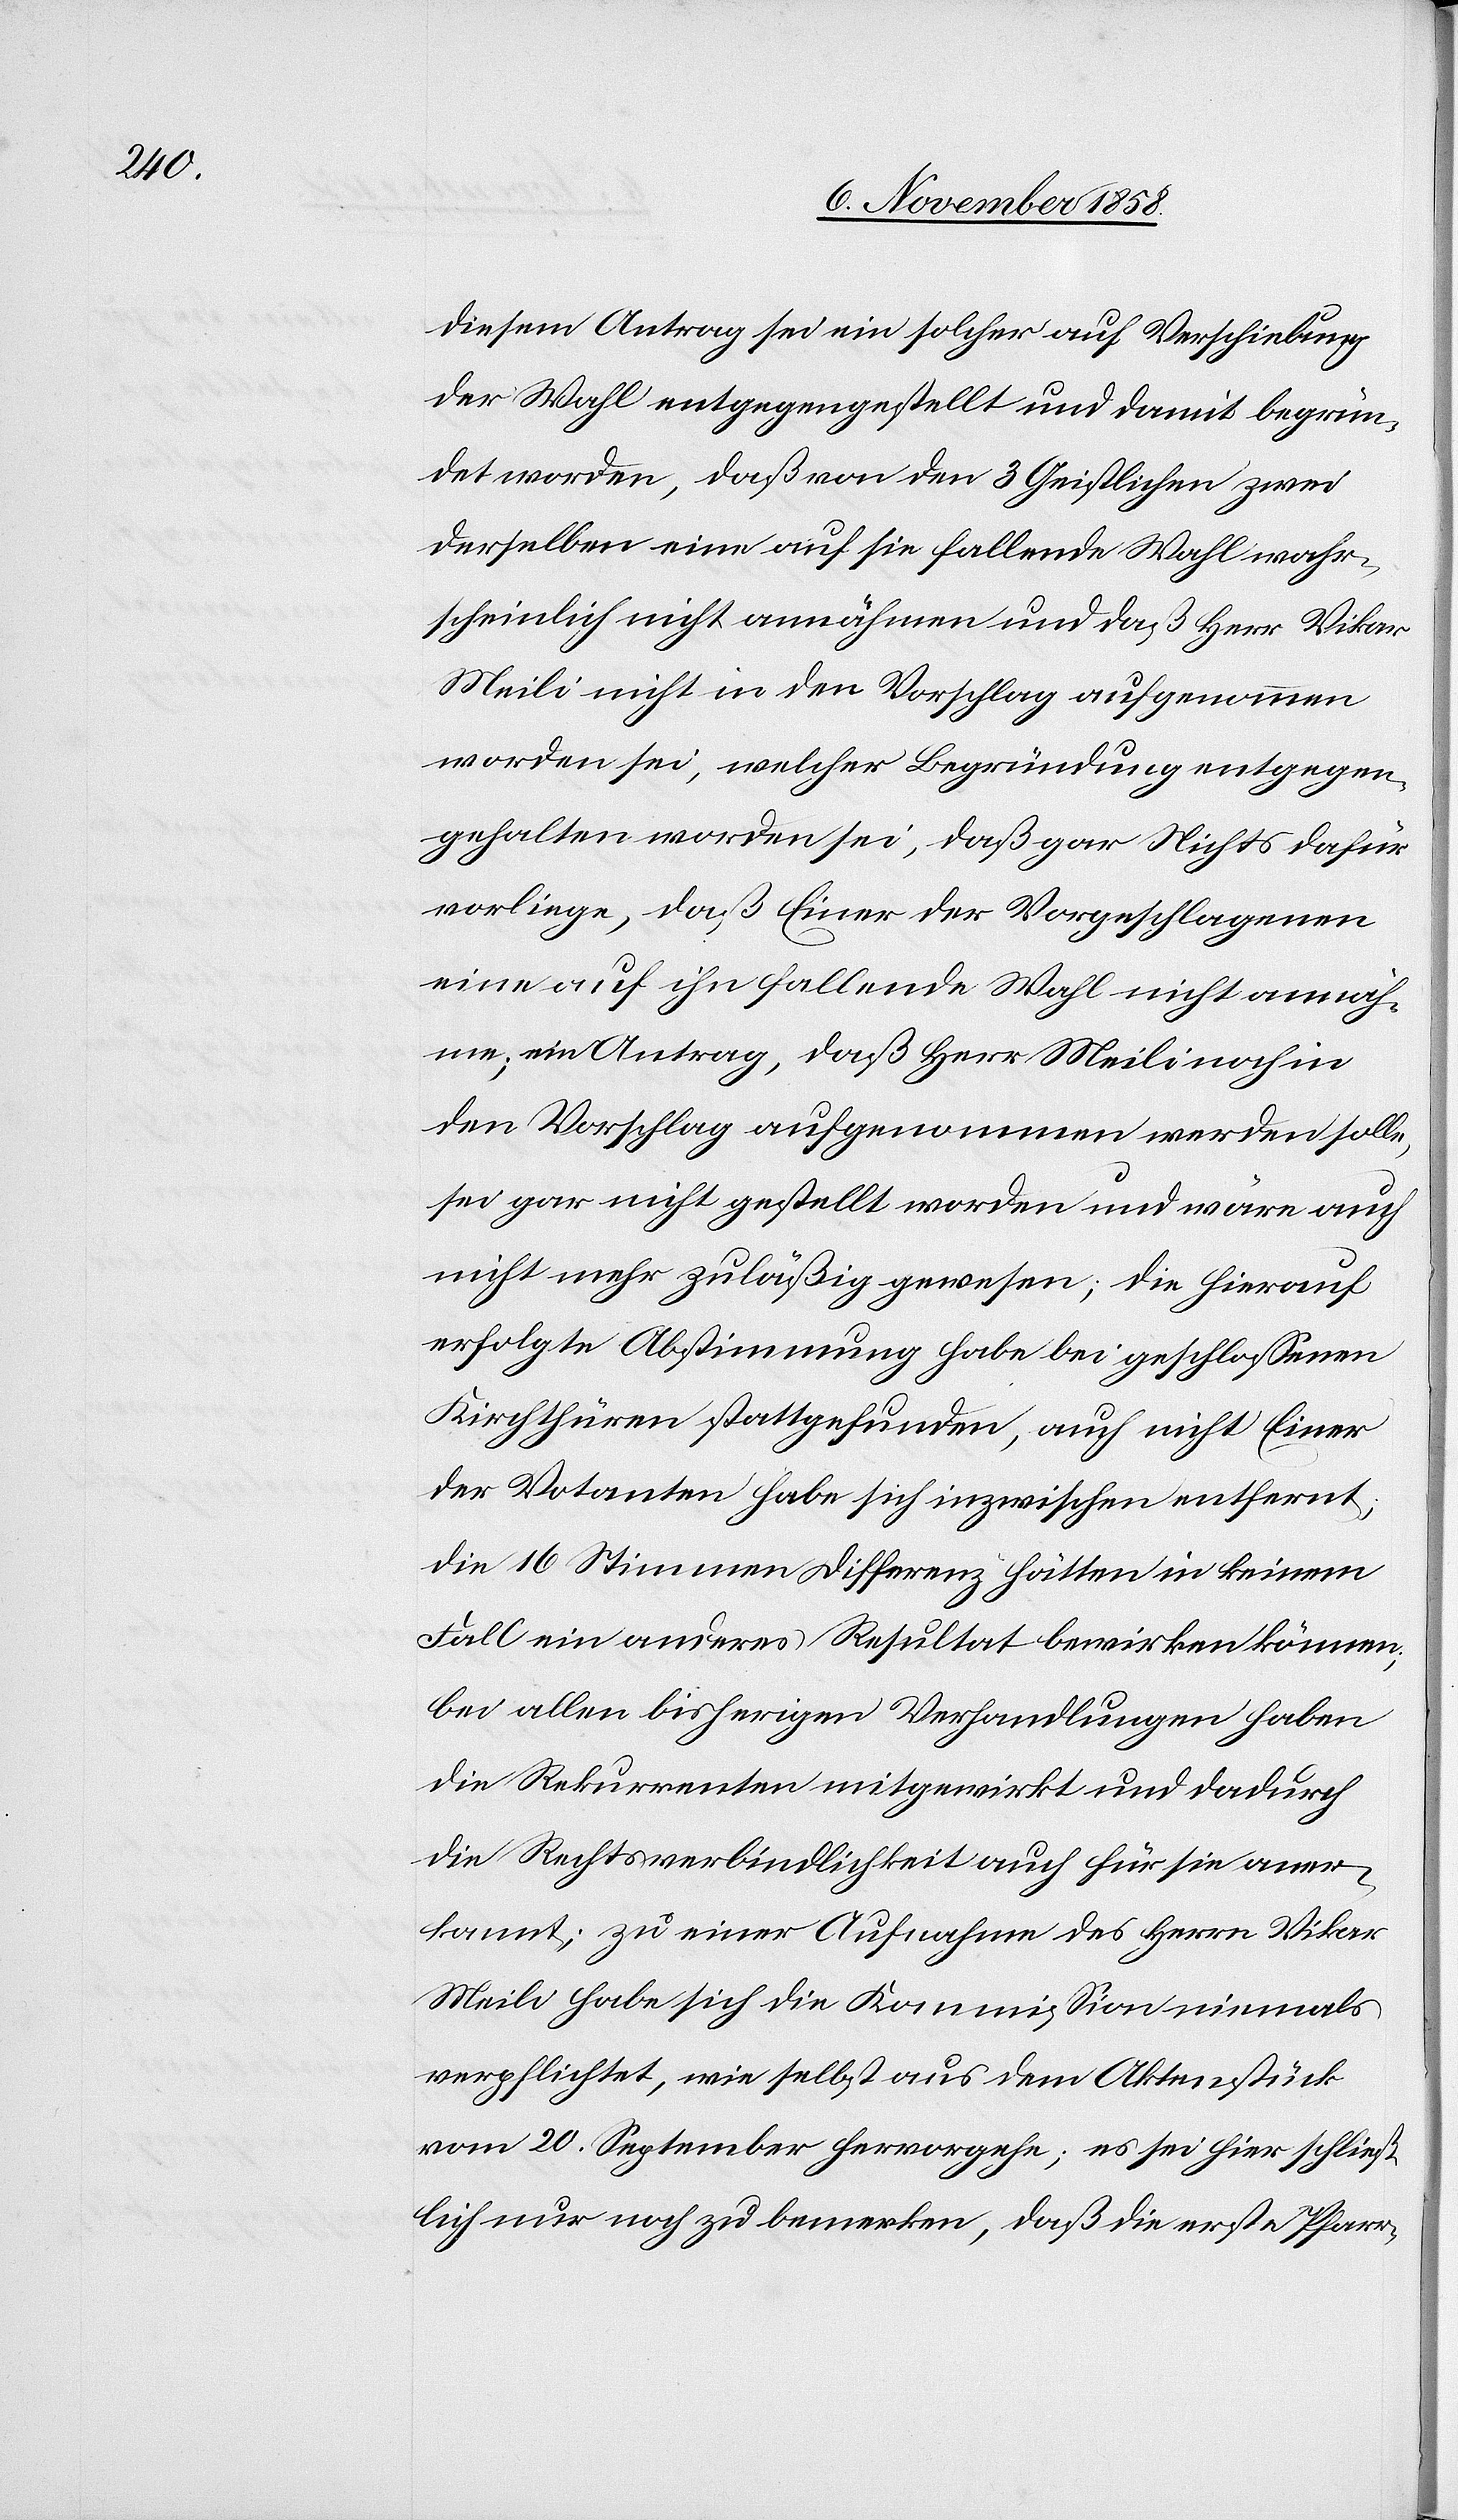
Diesem Antrag sei ein solcher auf Verschiebung
der Wahl entgegengestellt und damit begrün¬
det worden, daß von den 3 Geistlichen zwei
derselben eine auf sie fallende Wahl wahr¬
scheinlich nicht annähmen und daß Herr Vikar
Meili nicht in den Vorschlag aufgenommen
worden sei, welcher Begründung entgegen¬
gehalten worden sei, daß gar Nichts dafür
vorliege, daß Einer der Vorgeschlagenen
eine auf ihn fallende Wahl nicht annäh¬
me; ein Antrag, daß Herr Meili noch in
den Vorschlag aufgenommen werden solle,
sei gar nicht gestellt worden und wäre auch
nicht mehr zuläßig gewesen; die hierauf
erfolgte Abstimmung habe bei geschlossenen
Kirchthüren stattgefunden, auch nicht Einer
der Votanten habe sich inzwischen entfernt;
die 16 Stimmen Differenz hätten in keinem
Fall ein anderes Resultat bewirken können;
bei allen bisherigen Verhandlungen haben
die Rekurrenten mitgewirkt und dadurch
die Rechtsverbindlichkeit auch für sie aner¬
kannt; zu einer Aufnahme des Herrn Vikar
Meili habe sich die Kommission niemals
verpflichtet, wie selbst aus dem Aktenstück
vom 20. September hervorgehe; es sei hier schließ¬
lich nur noch zu bemerken, daß die erste Pfarr-